Indian journal of veterinary science and animal husbandry - Volume 14,
Year: 1944
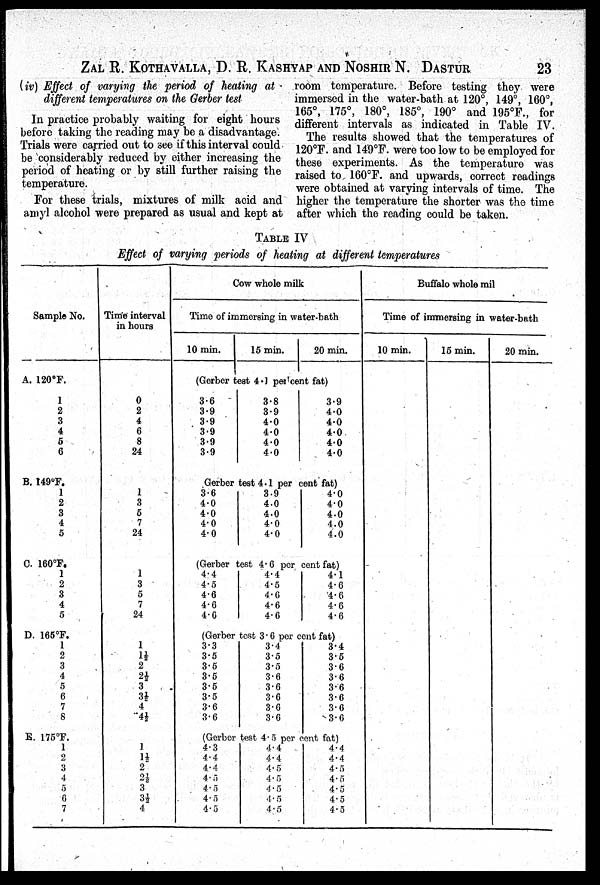
ZAL R. KOTHAVALLA, D. R. KASHYAP AND NOSHIR N. DASTUR 23
(iv) Effect of varying the period of heating at
different temperatures on the Gerber test
In practice probably waiting for eight hours
before taking the reading may be a disadvantage.
Trials were carried out to see if this interval could
be considerably reduced by either increasing the
period of heating or by still further raising the
temperature.
For these trials, mixtures of milk acid and
amyl alcohol were prepared as usual and kept at
room temperature. Before testing they were
immersed in the water-bath at 120°, 149°, 160°,
165°, 175°, 180°, 185°, 190° and 195°F., for
different intervals as indicated in Table IV.
The results showed that the temperatures of
120°F. and 149°F. were too low to be employed for
these experiments. As the temperature was
raised to 160°F. and upwards, correct readings
were obtained at varying intervals of time. The
higher the temperature the shorter was the time
after which the reading could be taken.
TABLE IV
Effect of varying periods of heating at different temperatures
Sample No.
A. 120°F.
1
2
3
4
5
6
B. 149°F.
1
2
3
4
5
C. 160°F.
1
2
3
4
5
D. 165°F.
1
2
3
4
5
6
7
8
E. 175°F.
1
2
3
4
5
6
7
Time interval
in hours
0
2
4
6
8
24
1
3
5
7
24
1
3
5
7
24
1
1½
2
2½
3
3½
4
4½
1
1½
2
2½
3
3½
4
Cow whole milk
Time of immersing in water-bath
10 min.
15 min.
20 min.
(Gerber test 4.1 per cent fat)
3.6
3.9
3.9
3.9
3.9
3.9
3.8
3.9
4.0
4.0
4.0
4.0
3.9
4.0
4.0
4.0
4.0
4.0
Gerber test 4.1 per cent fat)
3.6
4.0
4.0
4.0
4.0
3.9
4.0
4.0
4.0
4.0
4.0
4.0
4.0
4.0
4.0
(Gerber test 4.6 per cent fat)
4.4
4.5
4.6
4.6
4.6
4.4
4.5
4.6
4.6
4.6
4.1
4.6
4.6
4.6
4.6
(Gerber test 3.6 per cent fat)
3.3
3.5
3.5
3.5
3.5
3.5
3.6
3.6
3.4
3.5
3.5
3.6
3.6
3.6
3.6
3.6
3.4
3.5
3.6
3.6
3.6
3.6
3.6
3.6
(Gerber test 4.5 per cent fat)
4.3
4.4
4.4
4.5
4.5
4.5
4.5
4.4
4.4
4.5
4.5
4.5
4.5
4.5
4.4
4.4
4.5
4.5
4.5
4.5
4.5
Buffalo whole mil
Time of immersing in water-bath
10 min.
15 min.
20 min.